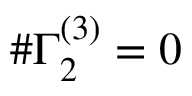
\# \Gamma _ { 2 } ^ { ( 3 ) } = 0